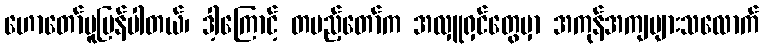
ဟောတော်မူပြန်ပါတယ်၊ ဒါ့ကြောင့် တပည့်တော်က အလှူရှင်တွေမှာ အကုန်အကျများသလောက်